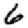
Digit: 6